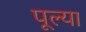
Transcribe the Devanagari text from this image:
पूल्या